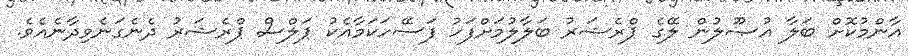
އާންމުކޮށް ބަލާ އުޞޫލުން ލޭގެ ޕްރެޝަރު ބަލާލުމަށްފަހު ފަސޭހަކަމާއެކު ޕަލްސް ޕްރެޝަރު ދެނެގަނެވިދާނެއެވެ.